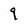
Character: q